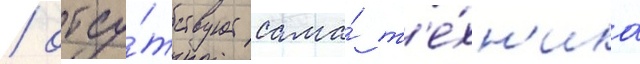
/ отсу́тствует сама́ т'е́хн'ика